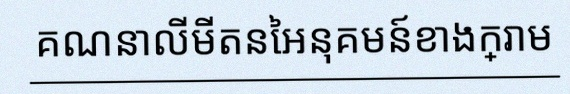
គណនាលីមីតនៃអនុគមន៍ខាងក្រោម